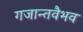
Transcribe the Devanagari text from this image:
गजान्तवैभव